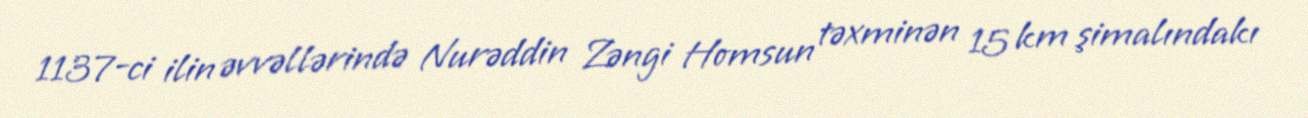
1137-ci ilin əvvəllərində Nurəddin Zəngi Homsun təxminən 15 km şimalındakı